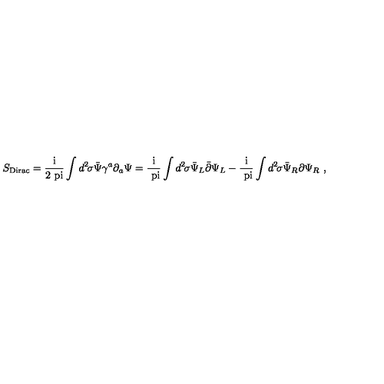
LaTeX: S _ { \mathrm { D i r a c } } = \mathrm { \frac { i } { 2 \ p i } } \int d ^ { 2 } \! \sigma { \bar { \Psi } } \gamma ^ { a } \partial _ { a } \Psi = \mathrm { \frac { i } { \ p i } } \int d ^ { 2 } \! \sigma { \bar { \Psi } } _ { L } { \bar { \partial } } \Psi _ { L } - \mathrm { \frac { i } { \ p i } } \int d ^ { 2 } \! \sigma { \bar { \Psi } } _ { R } { \partial } \Psi _ { R } \ ,